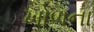
ખોળના